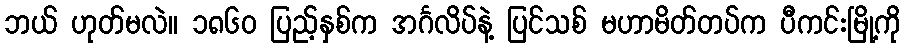
ဘယ် ဟုတ်မလဲ။ ၁၈၆၀ ပြည့်နှစ်က အင်္ဂလိပ်နဲ့ ပြင်သစ် မဟာမိတ်တပ်က ပီကင်းမြို့ကို